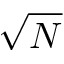
\sqrt { N }